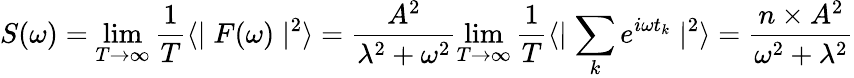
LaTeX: S(\omega)=\operatorname*{lim}_{T\to\infty}\frac{1}{T}\langle\mid F(\omega)\mid^{2}\rangle=\frac{A^{2}}{\lambda^{2}+\omega^{2}}\operatorname*{lim}_{T\to\infty}\frac{1}{T}\langle\mid\sum_{k}^{}e^{i\omega t_{k}}\mid^{2}\rangle=\frac{n\times A^{2}}{\omega^{2}+\lambda^{2}}